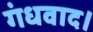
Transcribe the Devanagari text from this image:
गंधवाद।